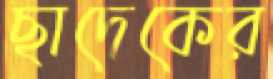
ছাদেকের